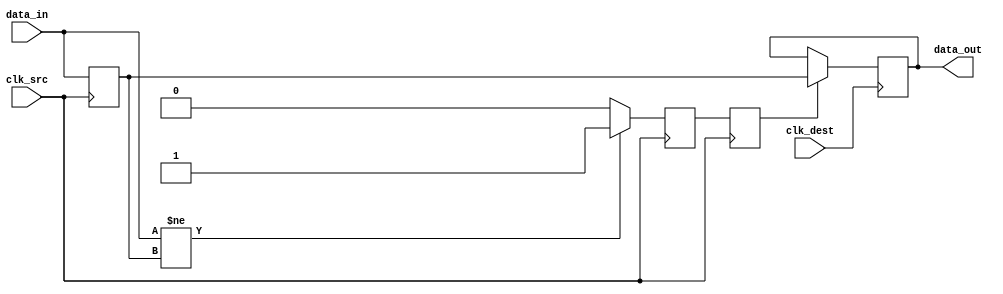
module pulsed_synchronizer (
    input wire data_in,          // Asynchronous input signal
    input wire clk_src,          // Source clock
    input wire clk_dest,         // Destination clock
    output reg data_out          // Synchronized output signal
);

    // Internal signals
    reg data_in_sync1;           // First stage of synchronization
    reg pulse;                   // Pulse signal
    reg pulse_d;                 // Delayed pulse signal

    // Pulse generation logic
    always @(posedge clk_src) begin
        if (data_in != data_in_sync1) begin
            pulse <= 1'b1;       // Generate pulse on change
        end else begin
            pulse <= 1'b0;       // Reset pulse
        end
    end

    // Capture the input signal on the source clock
    always @(posedge clk_src) begin
        data_in_sync1 <= data_in; // Synchronize data_in to clk_src
    end

    // Delay the pulse to ensure it is captured correctly
    always @(posedge clk_src) begin
        pulse_d <= pulse;          // Delay pulse
    end

    // Synchronization to destination clock
    always @(posedge clk_dest) begin
        if (pulse_d) begin
            data_out <= data_in_sync1; // Capture the synchronized signal
        end
    end

endmodule